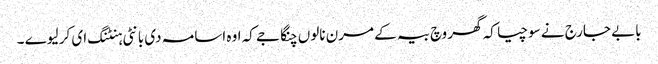
بابے جارج نے سوچیا کہ گھر وچ بیہ کے مرن نالوں چنگا جے کہ اوہ اسامہ دی بانٹی ہنٹنگ ای کر لیوے ۔